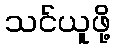
သင်ယူဖို့